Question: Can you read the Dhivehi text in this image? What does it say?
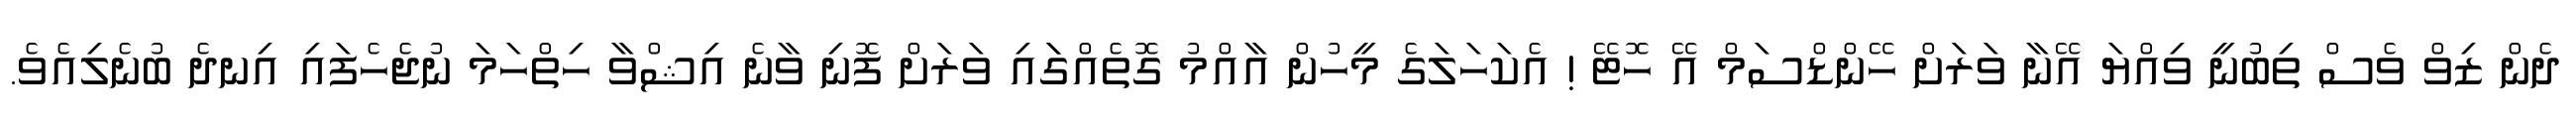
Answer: ދެން ޒިވް ވެސް ތިބުނީ ވިއްޔަ އޭނާ ވަރަށް ހޭންޑްސަމް އޭ ހޮޓޭ ! އެކަހަލަގެ މީހުން އާއްމު ގޮތެއްގަައި ވަރަށް ފޮނި ވާނެ އިޝްވާ ހިތްހަމަ ނުޖެހެފައި އިނދެ ބުނެލިއެވެ.